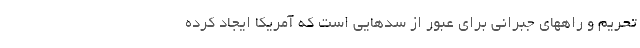
تحریم و راههای جبرانی برای عبور از سدهایی است که آمریکا ایجاد کرده